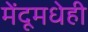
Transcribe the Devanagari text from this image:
मेंदूमधेही